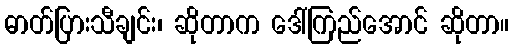
ဓာတ်ပြားသီချင်း၊ ဆိုတာက ဒေါ်ကြည်အောင် ဆိုတာ။